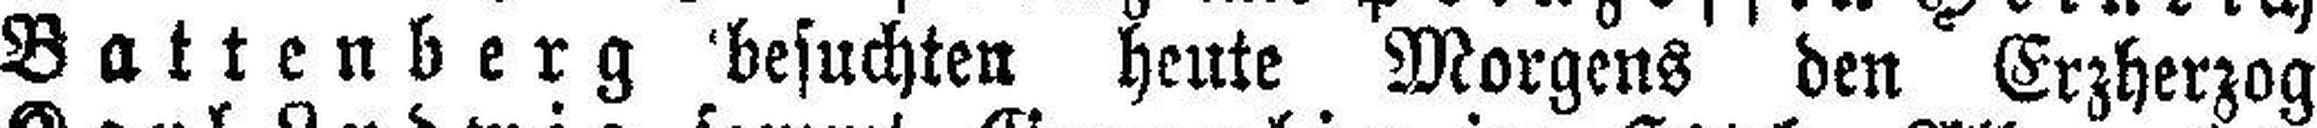
Battenberg besuchten heute Morgens den Erzherzog